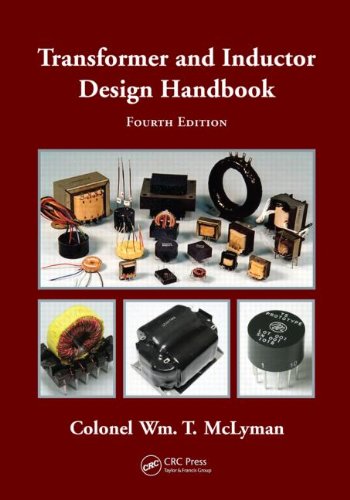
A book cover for Transformer and Inductor Design Handbook, Fourth Edition (Electrical and Computer Engineering); Colonel Wm. T. McLyman; Engineering & Transportation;